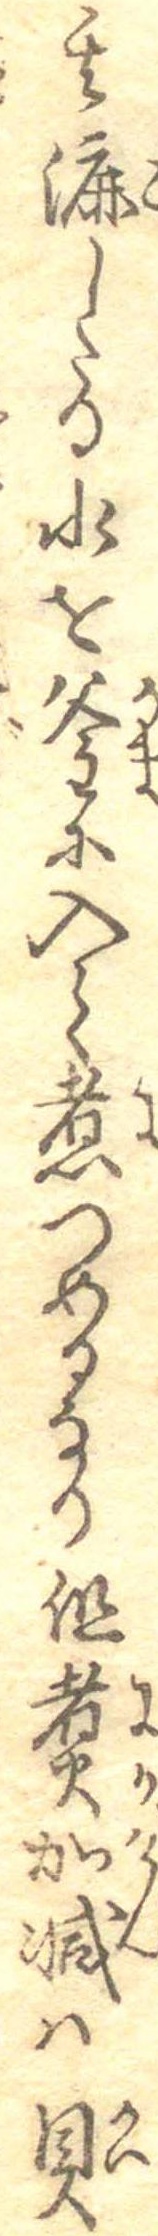
其漉したる水を釜に入て煮つめるなり但煮加減は貝